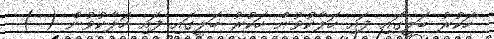
ހަކުރު ބަލީގައި ފައި ހަލާކުވުން ހަކުރު ބަލީގައި ފައި ހަލާކުވުން ( )